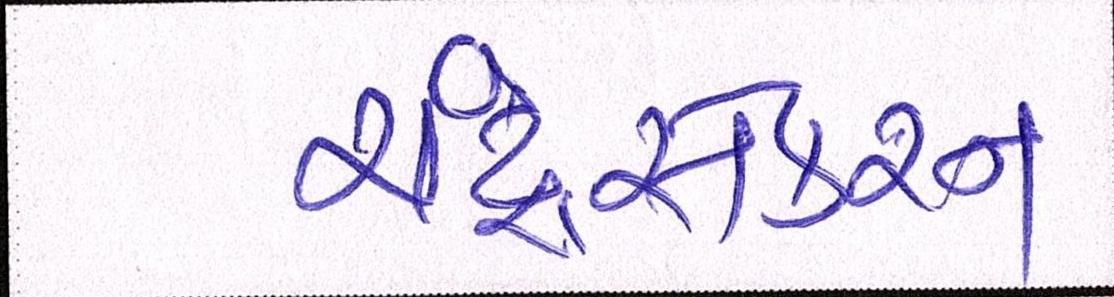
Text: ચંદ્રસેકરન